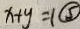
x + y = 1 \textcircled { 5 }